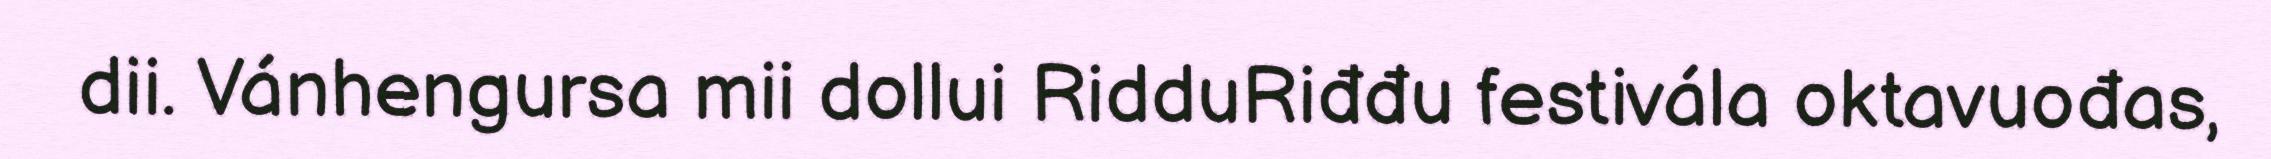
dii. Vánhengursa mii dollui RidduRiđđu festivála oktavuođas,